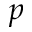
p